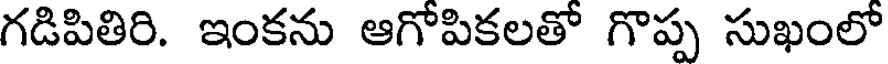
గడిపితిరి. ఇంకను ఆగోపికలతో గొప్ప సుఖంలో